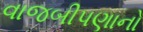
વાજબીપણાનો